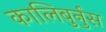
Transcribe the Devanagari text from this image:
कालिबुर्नुस